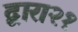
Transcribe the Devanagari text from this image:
द्वारा२१